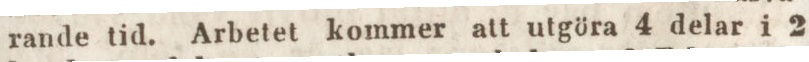
rande tid. Arbetet kommer att utgöra 4 delar i 2